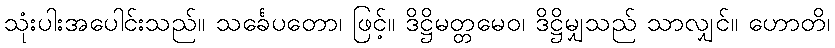
သုံးပါးအပေါင်းသည်။ သင်္ခေပတော၊ ဖြင့်။ ဒိဋ္ဌိမတ္တမေဝ၊ ဒိဋ္ဌိမျှသည် သာလျှင်။ ဟောတိ၊